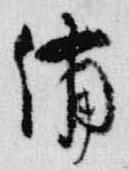
備